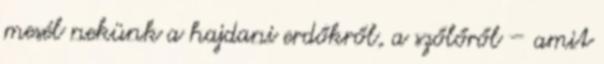
mesél nekünk a hajdani erdőkről, a szőlőről – amit